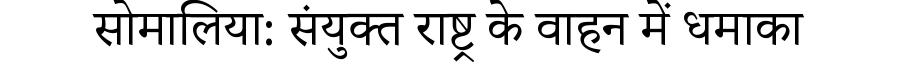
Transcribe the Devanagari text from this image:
सोमालिया: संयुक्त राष्ट्र के वाहन में धमाका